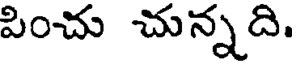
పించు చున్నది.